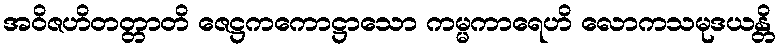
အဝိဇဟိတတ္တာတိ ဇေဋ္ဌကကောဋ္ဌာသော ကမ္မကာရေဟိ လောကသမုဒယန္တိ